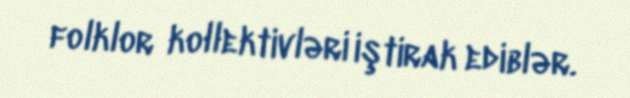
folklor kollektivləri iştirak ediblər.